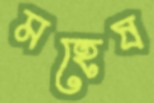
মহেষ